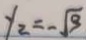
y _ { 2 } = - \sqrt { 3 }